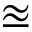
\approxeq